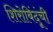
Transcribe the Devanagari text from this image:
शिरोबिंदूंची